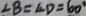
\angle B = \angle D = 6 0 ^ { \circ }